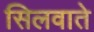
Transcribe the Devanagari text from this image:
सिलवाते